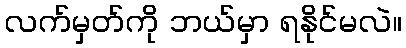
လက်မှတ်ကို ဘယ်မှာ ရနိုင်မလဲ။